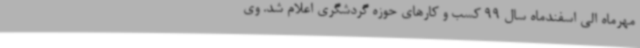
مهرماه الی اسفندماه سال 99 کسب و کارهای حوزه گردشگری اعلام شد. وی